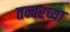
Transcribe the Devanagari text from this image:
तन्वरच्या